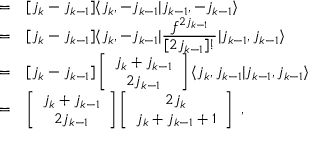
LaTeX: \begin{array} { r c l } { { } } & { { = } } & { { [ j _ { k } - j _ { k - 1 } ] \langle j _ { k } , - j _ { k - 1 } \vert j _ { k - 1 } , - j _ { k - 1 } \rangle } } \\ { { } } & { { = } } & { { [ j _ { k } - j _ { k - 1 } ] \langle j _ { k } , - j _ { k - 1 } \vert \displaystyle \frac { f ^ { 2 j _ { k - 1 } } } { [ 2 j _ { k - 1 } ] ! } \vert j _ { k - 1 } , j _ { k - 1 } \rangle } } \\ { { } } & { { = } } & { { [ j _ { k } - j _ { k - 1 } ] \left[ \begin{array} { c } { { j _ { k } + j _ { k - 1 } } } \\ { { 2 j _ { k - 1 } } } \end{array} \right] \langle j _ { k } , j _ { k - 1 } \vert j _ { k - 1 } , j _ { k - 1 } \rangle } } \\ { { } } & { { = } } & { { \left[ \begin{array} { c } { { j _ { k } + j _ { k - 1 } } } \\ { { 2 j _ { k - 1 } } } \end{array} \right] \left[ \begin{array} { c } { { 2 j _ { k } } } \\ { { j _ { k } + j _ { k - 1 } + 1 } } \end{array} \right] ~ , } } \end{array}